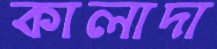
কালাদা